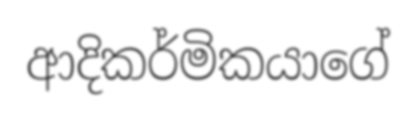
ආදිකර්මිකයාගේ